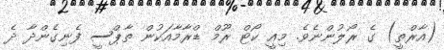
(އާރްތީ) ގެ ރޯލުންނެވެ. މިއީ ކޯޓް ރޫމް ޑްރާމާއަކުން ތާޕްސީ ފެނިގެންދާ ދެ